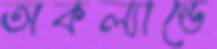
অকল্যান্ডে